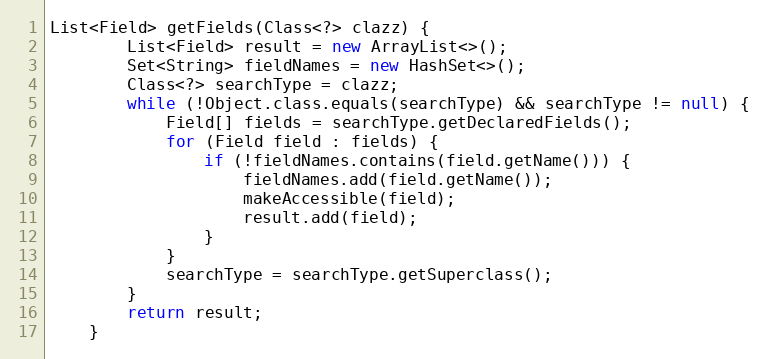
Language: Java
List<Field> getFields(Class<?> clazz) {
        List<Field> result = new ArrayList<>();
        Set<String> fieldNames = new HashSet<>();
        Class<?> searchType = clazz;
        while (!Object.class.equals(searchType) && searchType != null) {
            Field[] fields = searchType.getDeclaredFields();
            for (Field field : fields) {
                if (!fieldNames.contains(field.getName())) {
                    fieldNames.add(field.getName());
                    makeAccessible(field);
                    result.add(field);
                }
            }
            searchType = searchType.getSuperclass();
        }
        return result;
    }